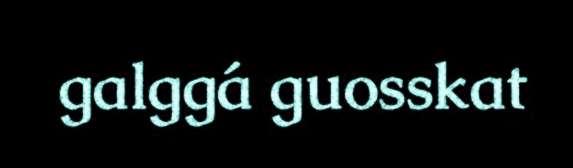
galggá guosskat